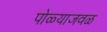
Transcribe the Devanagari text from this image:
पोळ्याजवळ